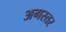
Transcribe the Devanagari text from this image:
अगस्तर